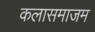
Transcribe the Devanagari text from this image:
कलासमाजम